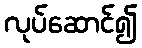
လုပ်ဆောင်၍